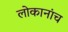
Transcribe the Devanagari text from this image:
लोकानांच